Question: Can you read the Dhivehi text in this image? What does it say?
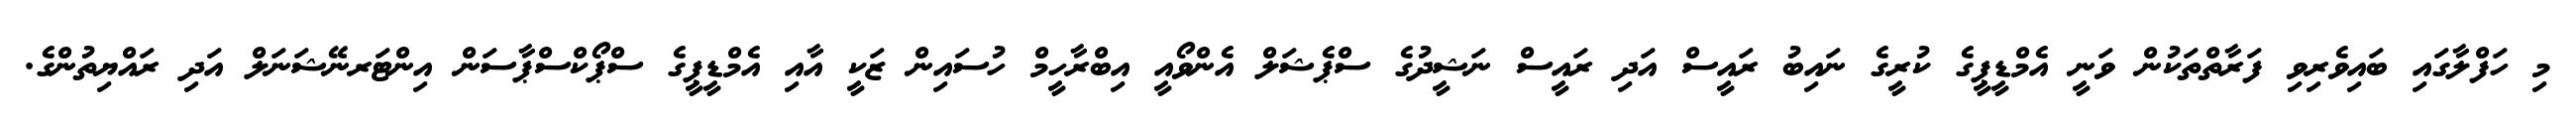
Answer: މި ހަފްލާގައި ބައިވެރިވި ފަރާތްތަކުން ވަނީ އެމްޑީޕީގެ ކުރީގެ ނައިބު ރައީސް އަދި ރައީސް ނަޝީދުގެ ސްޕެޝަލް އެންވޯއީ އިބްރާހީމް ހުސައިން ޒަކީ އާއި އެމްޑީޕީގެ ސްޕޯކްސްޕާސަން އިންޓަރނޭޝަނަލް އަދި ރައްޔިތުންގެ.